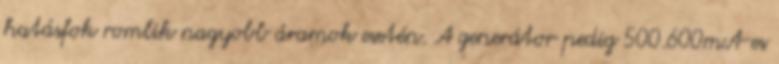
hatásfok romlik nagyobb áramok esetén. A generátor pedig 500.600mA-es